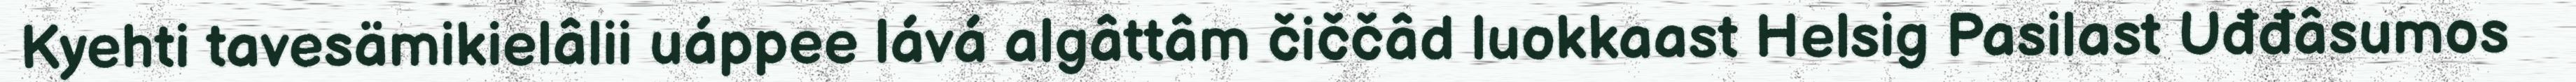
Kyehti tavesämikielâlii uáppee lává algâttâm čiččâd luokkaast Helsig Pasilast Uđđâsumos